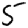
Digit: 5